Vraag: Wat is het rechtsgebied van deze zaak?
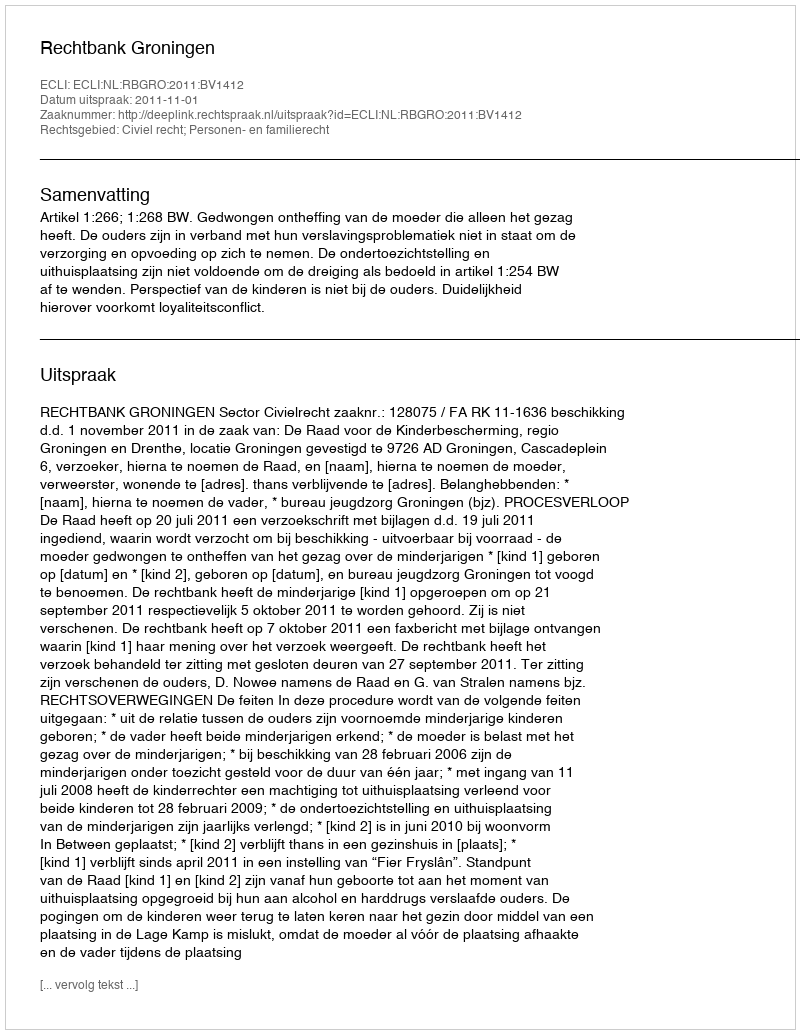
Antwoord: Civiel recht; Personen- en familierecht